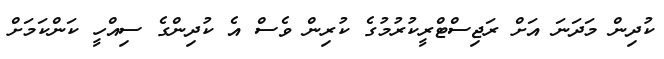
ކުދިން މަދަނަ އަށް ރަޖިސްޓްރީކުރުމުގެ ކުރިން ވެސް އެ ކުދިންގެ ސިއްހީ ކަންކަމަށް